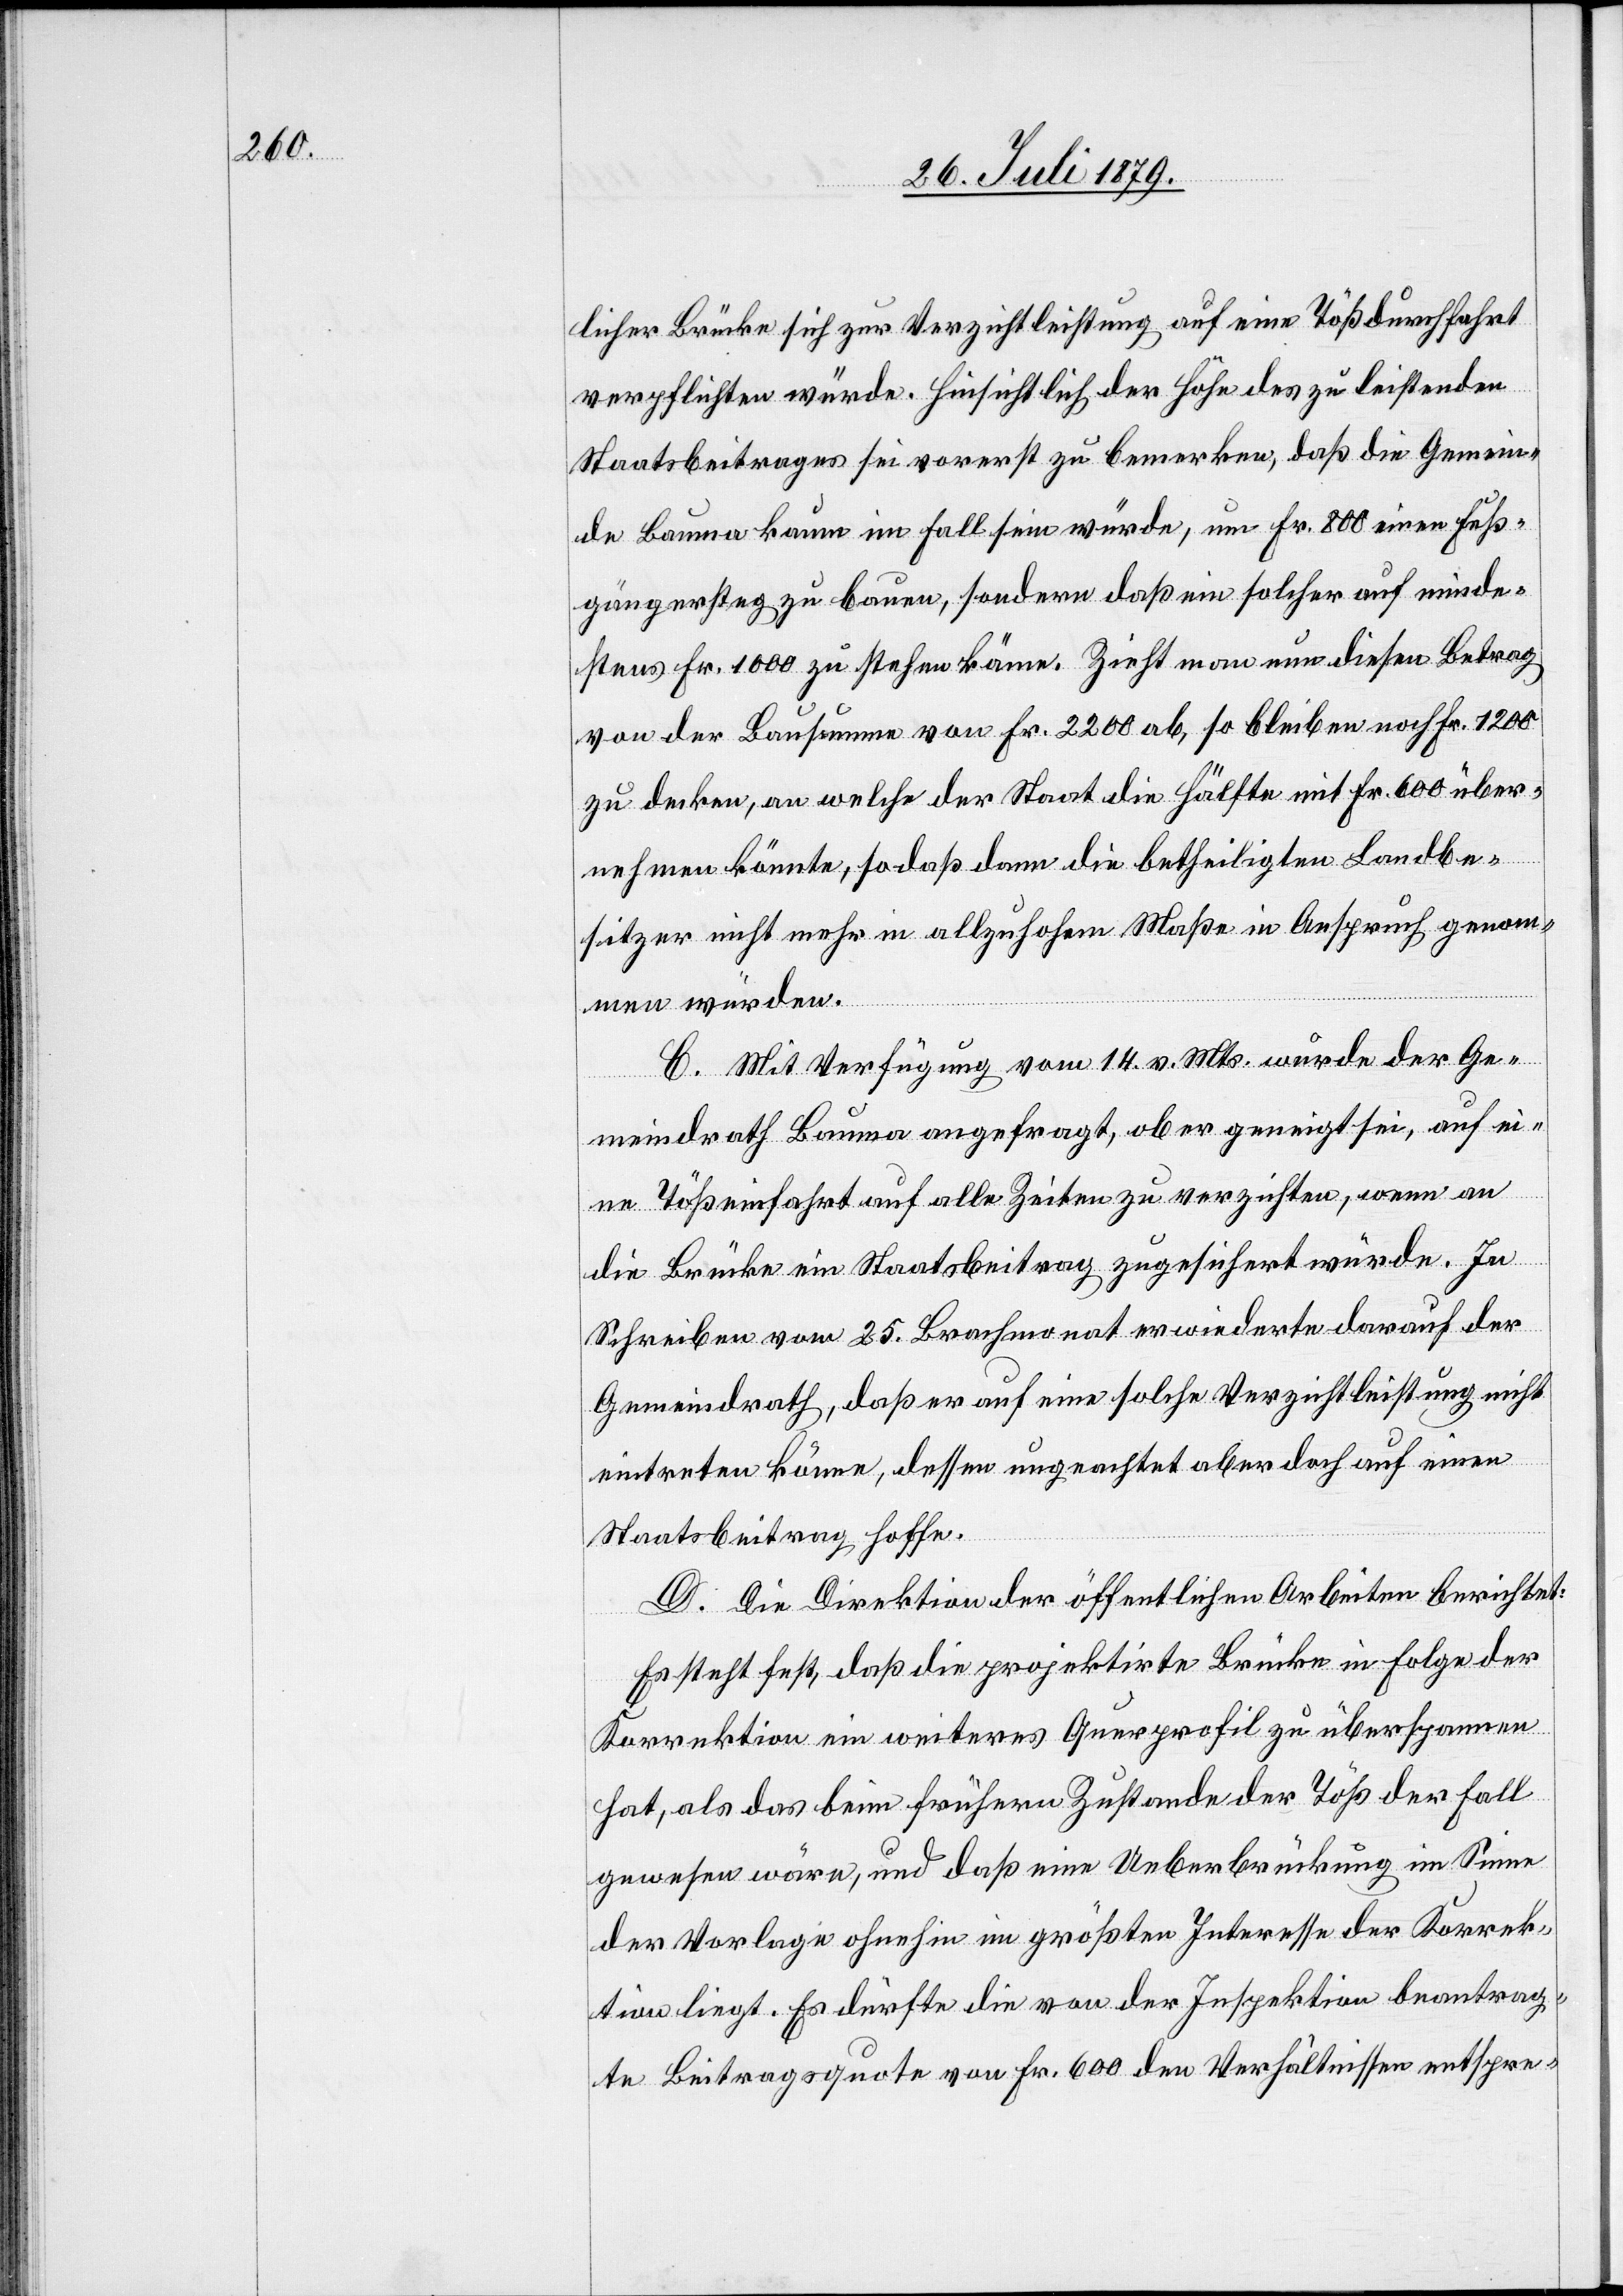
licher Brücke sich zur Verzichtleistung auf eine Tößdurchfahrt
verpflichten würde. Hinsichtlich der Höhe des zu leistenden
Staatsbeitrages sei vorerst zu bemerken, daß die Gemein¬
de Bauma kaum im Fall sein würde, um Fr. 800 einen Fuß¬
gängersteg zu bauen, sondern daß ein solcher auf minde¬
stens Fr. 1000 zu stehen käme. Zieht man nun diesen Betrag
von der Bausumme von Fr. 2200 ab, so bleiben noch Fr. 1200
zu decken, an welche der Staat die Hälfte mit Fr. 600 über¬
nehmen könnte, so daß dann die betheiligten Landbe¬
sitzer nicht mehr in allzuhohem Maße in Anspruch genom¬
men würden.
C. Mit Verfügung vom 14. v. Mts. wurde der Ge¬
meindrath Bauma angefragt, ob er geneigt sei, auf ei¬
ne Tößeinfahrt auf alle Zeiten zu verzichten, wenn an
die Brücke ein Staatsbeitrag zugesichert würde. In
Schreiben vom 25. Brachmonat erwiederte darauf der
Gemeindrath, daß er auf eine solche Verzichtleistung nicht
eintreten könne, dessen ungeachtet aber doch auf einen
Staatsbeitrag hoffe.
D. Die Direktion der öffentlichen Arbeiten berichtet:
Es steht fest, daß die projektirte Brücke in Folge der
Korrektion ein weiteres Querprofil zu überspannen
hat, als das beim frühern Zustande der Töß der Fall
gewesen wäre, und daß eine Ueberbrückung im Sinne
der Vorlage ohnehin im größten Interesse der Korrek¬
tion liegt. Es dürfte die von der Inspektion beantrag¬
te Beitragsquote von Fr. 600 den Verhältnissen entspre-